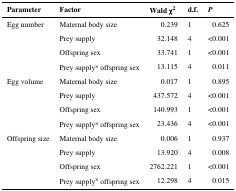
<table><thead><tr><td><b>Parameter</b></td><td><b>Factor</b></td><td><b>Wald χ<sup>2</sup></b></td><td><b>d.f.</b></td><td><b><i>P</i></b></td></tr></thead><tbody><tr><td>Egg number</td><td>Maternal body size</td><td>0.239</td><td>1</td><td>0.625</td></tr><tr><td></td><td>Prey supply</td><td>32.148</td><td>4</td><td>&lt;0.001</td></tr><tr><td></td><td>Offspring sex</td><td>33.741</td><td>1</td><td>&lt;0.001</td></tr><tr><td></td><td>Prey supply<sup>×</sup> offspring sex</td><td>13.115</td><td>4</td><td>0.011</td></tr><tr><td>Egg volume</td><td>Maternal body size</td><td>0.017</td><td>1</td><td>0.895</td></tr><tr><td></td><td>Prey supply</td><td>437.572</td><td>4</td><td>&lt;0.001</td></tr><tr><td></td><td>Offspring sex</td><td>140.993</td><td>1</td><td>&lt;0.001</td></tr><tr><td></td><td>Prey supply<sup>×</sup> offspring sex</td><td>23.436</td><td>4</td><td>&lt;0.001</td></tr><tr><td>Offspring size</td><td>Maternal body size</td><td>0.006</td><td>1</td><td>0.937</td></tr><tr><td></td><td>Prey supply</td><td>13.920</td><td>4</td><td>0.008</td></tr><tr><td></td><td>Offspring sex</td><td>2762.221</td><td>1</td><td>&lt;0.001</td></tr><tr><td></td><td>Prey supply<sup>×</sup> offspring sex</td><td>12.298</td><td>4</td><td>0.015</td></tr></tbody></table>